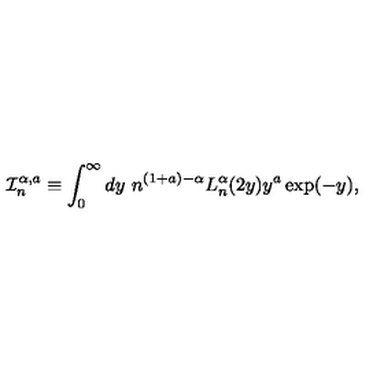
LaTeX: \mathcal { I } _ { n } ^ { \alpha , a } \equiv \int _ { 0 } ^ { \infty } d y \ n ^ { ( 1 + a ) - \alpha } L _ { n } ^ { \alpha } ( 2 y ) y ^ { a } \exp ( - y ) ,